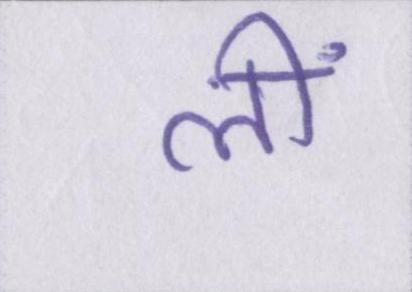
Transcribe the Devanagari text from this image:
लीं